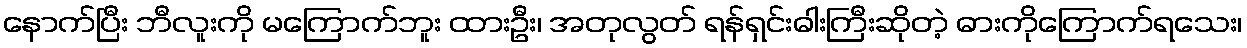
နောက်ပြီး ဘီလူးကို မကြောက်ဘူး ထားဦး၊ အတုလွတ် ရန်ရှင်းဓါးကြီးဆိုတဲ့ ဓားကိုကြောက်ရသေး၊